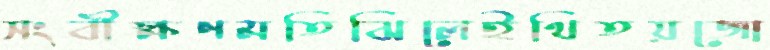
সংবীক্ষণমতিঝিলেইথিতয়জো